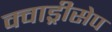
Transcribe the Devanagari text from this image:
क्वाड्रीसेप